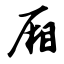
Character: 厢